Lunatic asylums Punjab 1868-1880 - 1868-1880
Year: 1868
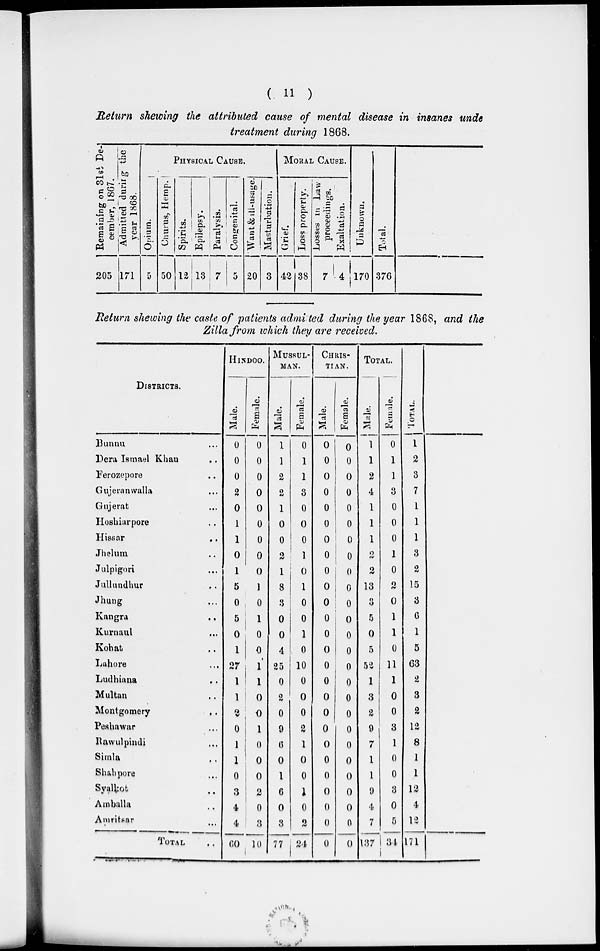
( 11 )
Return shewing the attributed cause of mental disease in insanes unde
treatment during 1868.
Remaining on 31st De-
cember, 1867.
205
Admitted during the
year 1868.
171
PHYSICAL CAUSE.
Opium.
5
Churus, Hemp.
50
Spirits.
12
Epilepsy.
13
Paralysis.
7
Congenital.
5
Want & ill-usage.
20
Masturbation.
3
MORAL CAUSE.
Grief.
42
Loss property.
38
Losses in Law
proceedings.
7
Exaltation.
4
Unknown.
170
Total.
376
Return shewing the caste of patients admited during the year 1868, and the
Zilla from which they are received.
DISTRICTS.
Bunnu ...
Dera Ismael Khan ..
Ferozepore ..
Gujeranwalla ...
Gujerat ...
Hoshiarpore ...
Hissar ...
Jhelum ..
Julpigori ...
Jullundhur ..
Jhung ...
Kangra ..
Kurnaul ...
Kohat ..
Lahore ...
Ludhiana ..
Multan ..
Montgomery
..
Peshawar ...
Rawulpindi ...
Simla ..
Shahpore ...
Syalkot ...
Amballa ..
Amritsar
...
TOTAL ..
HINDOO.
Male.
0
0
0
2
0
1
1
0
1
5
0
5
0
1
27
1
1
2
0
1
1
0
3
4
4
60
Female.
0
0
0
0
0
0
0
0
0
1
0
1
0
0
1
1
0
0
1
0
0
0
2
0
3
10
MUSSUL-
---.
Male.
1
1
2
2
1
0
0
2
1
8
3
0
0
4
25
0
2
0
9
6
0
1
6
0
3
77
Female.
0
1
1
3
0
0
0
1
0
1
0
0
1
0
10
0
0
0
2
1
0
0
1
0
2
24
CHRIS-
----.
Male.
0
0
0
0
0
0
0
0
0
0
0
0
0
0
0
0
0
0
0
0
0
0
0
0
0
0
Female.
0
0
0
0
0
0
0
0
0
0
0
0
0
0
0
0
0
0
0
0
0
0
0
0
0
0
TOTAL.
Male.
1
1
2
4
1
1
1
2
2
13
3
5
0
5
52
1
3
2
9
7
1
1
9
4
7
137
Female.
0
1
1
3
0
0
0
1
0
2
0
1
1
0
11
1
0
0
3
1
0
0
3
0
5
34
TOTAL.
1
2
3
7
1
1
1
3
2
15
3
6
1
5
63
2
3
2
12
8
1
1
12
4
12
171